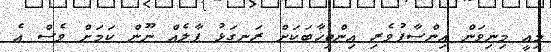
މިއީ މިނިވަން އިންސާފުވެރި އިންތިޚާބަކަށް ރަނގަޅު ފާލެއް ނޫން ކަމަށް ވެސް އެ